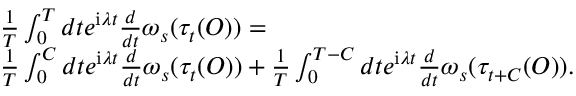
\begin{array} { r l } & { \frac { 1 } { T } \int _ { 0 } ^ { T } d t e ^ { \mathrm { i } \lambda t } \frac { d } { d t } \omega _ { s } ( \tau _ { t } ( O ) ) = } \\ & { \frac { 1 } { T } \int _ { 0 } ^ { C } d t e ^ { \mathrm { i } \lambda t } \frac { d } { d t } \omega _ { s } ( \tau _ { t } ( O ) ) + \frac { 1 } { T } \int _ { 0 } ^ { T - C } d t e ^ { \mathrm { i } \lambda t } \frac { d } { d t } \omega _ { s } ( \tau _ { t + C } ( O ) ) . } \end{array}